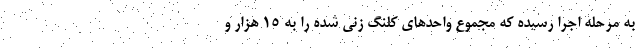
به مرحله اجرا رسیده که مجموع واحدهای کلنگ زنی شده را به ۱۵ هزار و